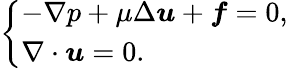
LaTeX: \left\{ \begin{array}{l}{-\nabla p+\mu\Delta\boldsymbol{u}+\boldsymbol{f}=0,}\\ {\nabla\cdot\boldsymbol{u}=0.}\end{array}\right.